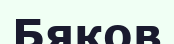
Бяков